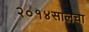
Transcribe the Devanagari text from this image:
२०१४सालचा